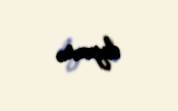
dayanır.